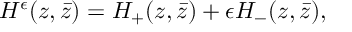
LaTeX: H ^ { \epsilon } ( z , \bar { z } ) = H _ { + } ( z , \bar { z } ) + \epsilon H _ { - } ( z , \bar { z } ) ,